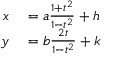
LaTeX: \quad { \begin{array} { r l } { x } & { { } = a { \frac { 1 + t ^ { 2 } } { 1 - t ^ { 2 } } } + h } \\ { y } & { { } = b { \frac { 2 t } { 1 - t ^ { 2 } } } + k } \end{array} }